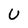
Character: U